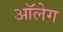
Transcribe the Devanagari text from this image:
आॅलेग